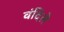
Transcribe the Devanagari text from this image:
वंदिले